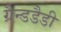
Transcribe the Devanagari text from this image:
ग्रैन्डडैडी